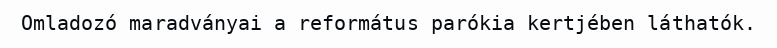
Omladozó maradványai a református parókia kertjében láthatók.